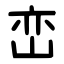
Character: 峦